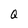
Character: Q